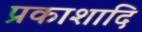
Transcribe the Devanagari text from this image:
प्रकाशादि